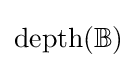
{\rm {depth}}(\mathbb {B} )